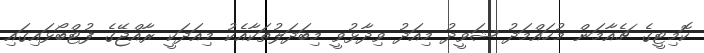
ކޮމިޓީގެ ޗެއާމަން މުހައްމަދު ޝަވީދު މިއަދު ވިދާޅުވީ މިބަދަލުތަކާއެކު މިއަދަކީ ރާއްޖޭގެ ފުޓްބޯޅައިގައި